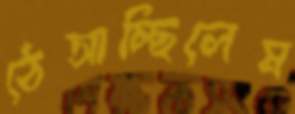
ঠেসাচ্ছিলেম